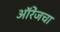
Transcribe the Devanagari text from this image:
ऑरेंजचा